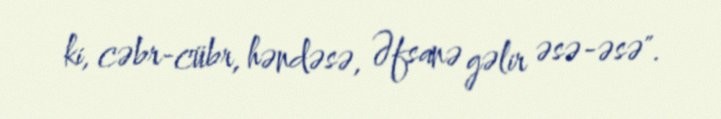
ki, cəbr-cübr, həndəsə, Əfsanə gəlir əsə-əsə".